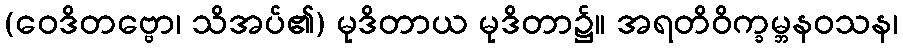
(ဝေဒိတဗ္ဗော၊ သိအပ်၏) မုဒိတာယ မုဒိတာ၌။ အရတိဝိက္ခမ္ဘနဝသန၊